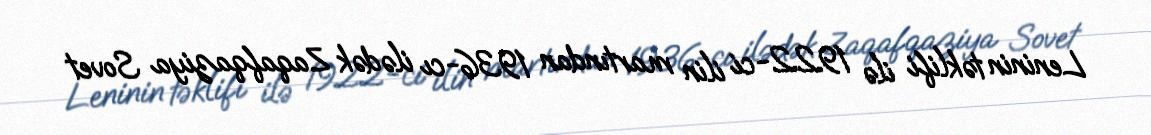
Leninin təklifi ilə 1922-ci ilin martından 1936-cı ilədək Zaqafqaziya Sovet